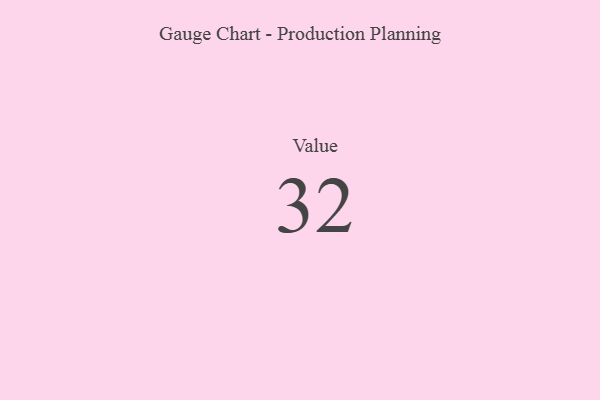
{"axis": {"x": "Metric", "y": "Value"}, "legend": [""], "data": [{"x": "Value", "y": 32, "type": ""}]}